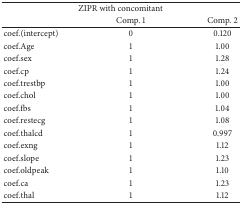
<table><thead><tr><td colspan="3"><b>ZIPR with concomitant</b></td></tr><tr><td><b> </b></td><td><b>Comp. 1</b></td><td><b>Comp. 2</b></td></tr></thead><tbody><tr><td>coef.(intercept)</td><td>0</td><td>0.120</td></tr><tr><td>coef.Age</td><td>1</td><td>1.00</td></tr><tr><td>coef.sex</td><td>1</td><td>1.28</td></tr><tr><td>coef.cp</td><td>1</td><td>1.24</td></tr><tr><td>coef.trestbp</td><td>1</td><td>1.00</td></tr><tr><td>coef.chol</td><td>1</td><td>1.00</td></tr><tr><td>coef.fbs</td><td>1</td><td>1.04</td></tr><tr><td>coef.restecg</td><td>1</td><td>1.08</td></tr><tr><td>coef.thalcd</td><td>1</td><td>0.997</td></tr><tr><td>coef.exng</td><td>1</td><td>1.12</td></tr><tr><td>coef.slope</td><td>1</td><td>1.23</td></tr><tr><td>coef.oldpeak</td><td>1</td><td>1.10</td></tr><tr><td>coef.ca</td><td>1</td><td>1.23</td></tr><tr><td>coef.thal</td><td>1</td><td>1.12</td></tr></tbody></table>